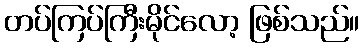
တပ်ကြပ်ကြီးမိုင်လော့ ဖြစ်သည်။